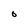
Character: O